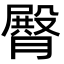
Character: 臀